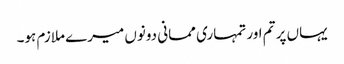
یہاں پر تم اور تمہاری ممانی دونوں میرے ملازم ہو۔